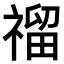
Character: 𥛅